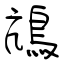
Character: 䲳